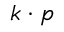
k \ifmmode \cdot \else \textperiodcentered \fi { } p